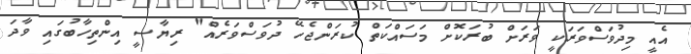
އެއީ މިދުވަސްވަރަކީ ވަރަށް ބުރަކޮށް މަސައްކަތް ކުރަންޖެހޭ ދުވަސްވަރެއް" ރިޔާސީ އިންތިހާބުގައި ވާދަ